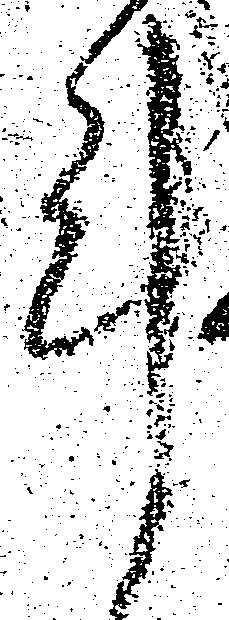
計